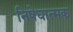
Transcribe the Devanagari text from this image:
निषेघात्मक